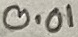
Text: 0.01